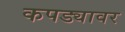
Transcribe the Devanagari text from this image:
कपड्यावर